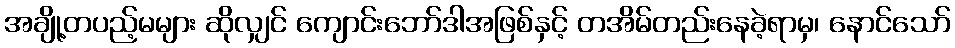
အချို့တပည့်မများ ဆိုလျှင် ကျောင်းဘော်ဒါအဖြစ်နှင့် တအိမ်တည်းနေခဲ့ရာမှ၊ နောင်သော်